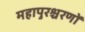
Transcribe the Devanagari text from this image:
महापुरश्चरणों